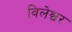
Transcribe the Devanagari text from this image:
विलेश्वर